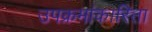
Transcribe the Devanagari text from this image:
उपक्रमांकारिता